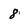
Character: 8